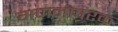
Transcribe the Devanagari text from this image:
गणनापरक